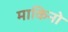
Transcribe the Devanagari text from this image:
माकिनो